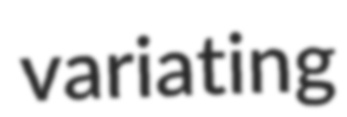
variating